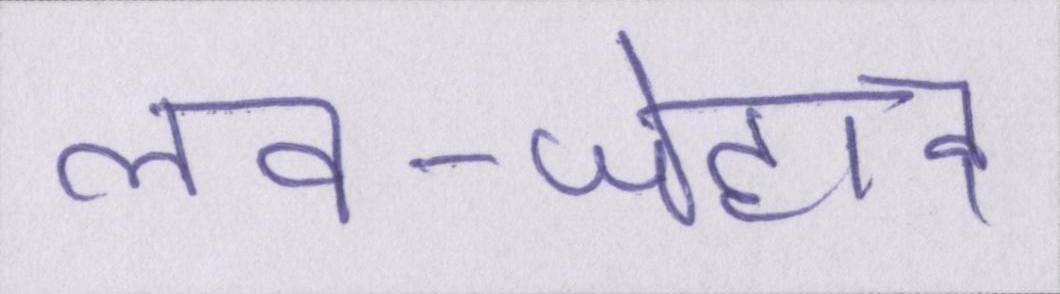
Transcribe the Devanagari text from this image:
लव-जेहाद